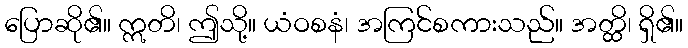
ပြောဆို၏။ ဣတိ၊ ဤသို့။ ယံဝစနံ၊ အကြင်စကားသည်။ အတ္ထိ၊ ရှိ၏။